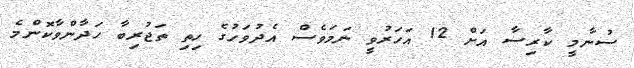
ސުނާމީ ކާރިސާ އަށް 12 އަހަރުވީ ނަމަވެސް އެދުވަހުގެ ހިތި ތަޖުރިބާ ހަދާންވާކޮންމެ